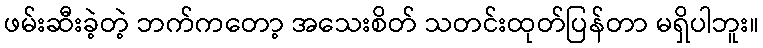
ဖမ်းဆီးခဲ့တဲ့ ဘက်ကတော့ အသေးစိတ် သတင်းထုတ်ပြန်တာ မရှိပါဘူး။